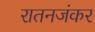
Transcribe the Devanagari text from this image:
रातनजंकर